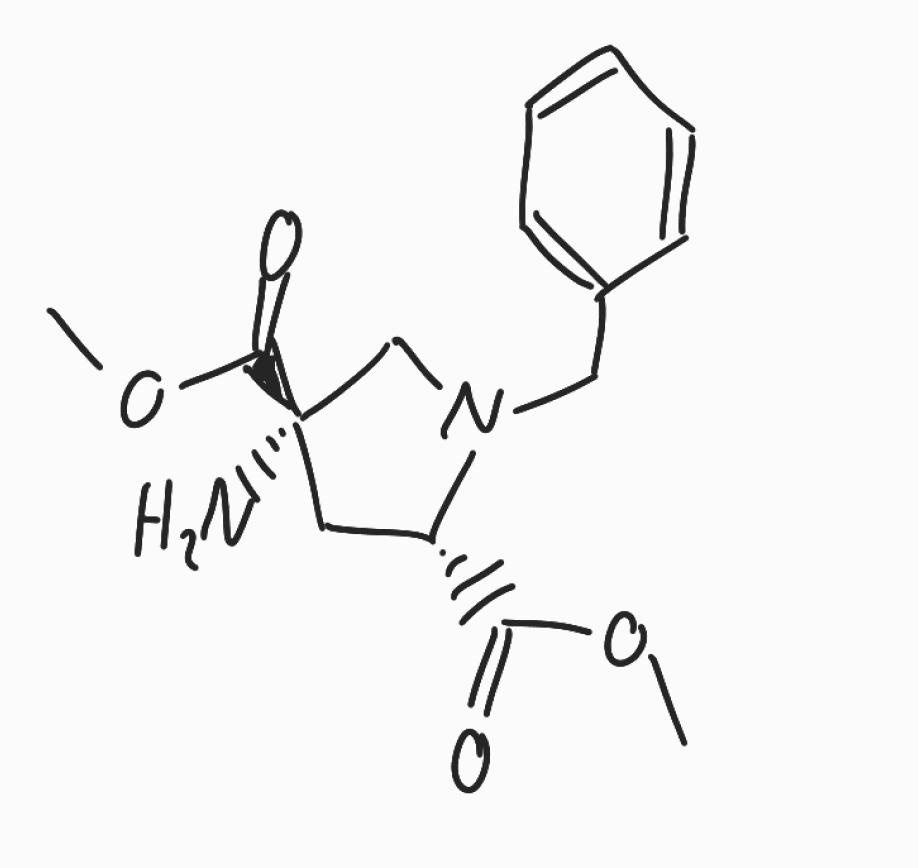
Simplified molecular-input line-entry system (SMILES) notation of the given molecule:
COC(=O)[C@@H]1C[C@](CN1CC2=CC=CC=C2)(C(=O)OC)N